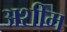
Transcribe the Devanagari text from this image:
अशीम